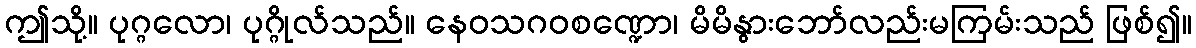
ဤသို့။ ပုဂ္ဂလော၊ ပုဂ္ဂိုလ်သည်။ နေဝသဂဝစဏ္ဍော၊ မိမိနွားဘော်လည်းမကြမ်းသည် ဖြစ်၍။